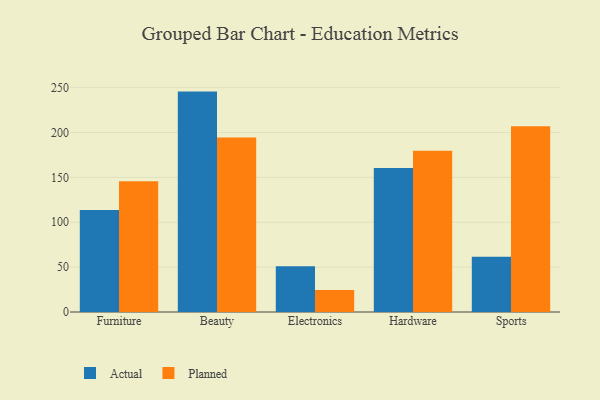
{"axis": {"x": "Category", "y": "Shipments"}, "legend": ["Actual", "Planned"], "data": [{"x": "Furniture", "y": 113.7, "type": "Actual"}, {"x": "Furniture", "y": 145.8, "type": "Planned"}, {"x": "Beauty", "y": 245.6, "type": "Actual"}, {"x": "Beauty", "y": 194.5, "type": "Planned"}, {"x": "Electronics", "y": 50.9, "type": "Actual"}, {"x": "Electronics", "y": 24.4, "type": "Planned"}, {"x": "Hardware", "y": 160.4, "type": "Actual"}, {"x": "Hardware", "y": 179.8, "type": "Planned"}, {"x": "Sports", "y": 61.5, "type": "Actual"}, {"x": "Sports", "y": 207.1, "type": "Planned"}]}